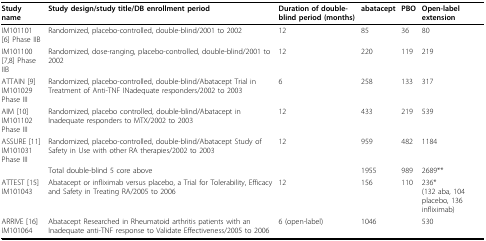
| Study name | Study design/study title/DB enrollment period | Duration of double-blind period (months) | abatacept | PBO | Open-label extension |
 | --- | --- | --- | --- | --- | --- |
 | IM101101 [6] Phase IIB | Randomized, placebo-controlled, double-blind/2001 to 2002 | 12 | 85 | 36 | 80 |
 | IM101100 [7,8] Phase IIB | Randomized, dose-ranging, placebo-controlled, double-blind/2001 to 2002 | 12 | 220 | 119 | 219 |
 | ATTAIN [9]IM101029 Phase III | Randomized, placebo-controlled, double-blind/Abatacept Trial in Treatment of Anti-TNF INadequate responders/2002 to 2003 | 6 | 258 | 133 | 317 |
 | AIM [10]IM101102 Phase III | Randomized, placebo controlled, double-blind/Abatacept in Inadequate responders to MTX/2002 to 2003 | 12 | 433 | 219 | 539 |
 | ASSURE [11]IM101031 Phase III | Randomized, placebo-controlled, double-blind/Abatacept Study of Safety in Use with other RA therapies/2002 to 2003 | 12 | 959 | 482 | 1184 |
 |  | Total double-blind 5 core above |  | 1955 | 989 | 2689** |
 | ATTEST [15]IM101043 | Abatacept or infliximab versus placebo, a Trial for Tolerability, Efficacy and Safety in Treating RA/2005 to 2006 | 12 | 156 | 110 | 236*(132 aba, 104 placebo, 136 infliximab) |
 | ARRIVE [16]IM101064 | Abatacept Researched in Rheumatoid arthritis patients with an Inadequate anti-TNF response to Validate Effectiveness/2005 to 2006 | 6 (open-label) | 1046 |  | 530 |